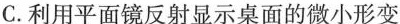
C.利用平面镜反射显示桌面的微小形变